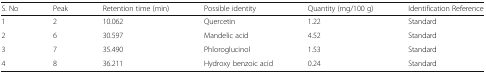
| S. No | Peak | Retention time (min) | Possible identity | Quantity (mg/100 g) | Identification Reference |
 | --- | --- | --- | --- | --- | --- |
 | 1 | 2 | 10.062 | Quercetin | 1.22 | Standard |
 | 2 | 6 | 30.597 | Mandelic acid | 4.52 | Standard |
 | 3 | 7 | 35.490 | Phloroglucinol | 1.53 | Standard |
 | 4 | 8 | 36.211 | Hydroxy benzoic acid | 0.24 | Standard |